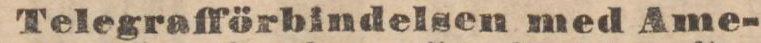
Telegrafförbindelsen med Ame-